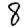
Digit: 8